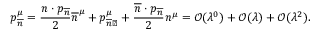
p _ { \overline { { { n } } } } ^ { \mu } = \frac { n \cdot p _ { \overline { { { n } } } } } { 2 } \overline { { { n } } } ^ { \mu } + p _ { \overline { { { n } } } \perp } ^ { \mu } + \frac { \overline { { { n } } } \cdot p _ { \overline { { { n } } } } } { 2 } n ^ { \mu } = \mathcal { O } ( \lambda ^ { 0 } ) + \mathcal { O } ( \lambda ) + \mathcal { O } ( \lambda ^ { 2 } ) .